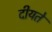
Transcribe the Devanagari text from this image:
दीयते